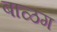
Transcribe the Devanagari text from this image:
बाळग